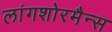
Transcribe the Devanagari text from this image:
लांगशोरमैन्स